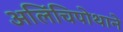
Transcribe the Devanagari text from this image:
अलिंचिपोथाने